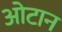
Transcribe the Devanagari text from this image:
ओटान